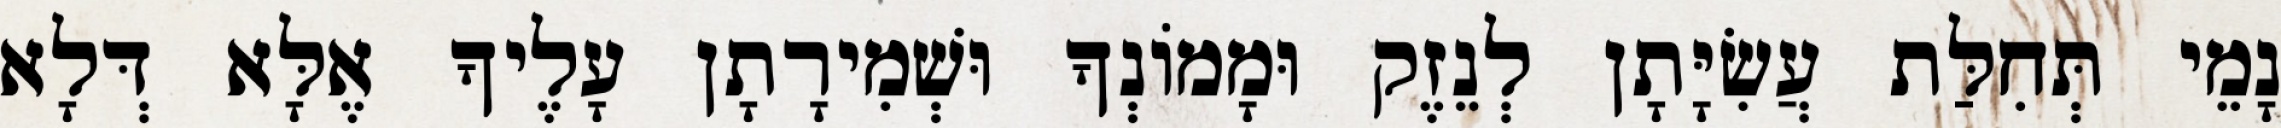
נָמֵי תְּחִלַּת עֲשִׂיָּתָן לְנֵזֶק וּמָמוֹנְךָ וּשְׁמִירָתָן עָלֶיךָ אֶלָּא דְּלָא